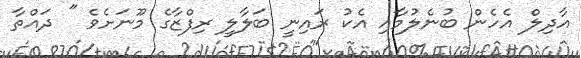
އާދިލް އެހެން ބުނެލުމާއި އެކު ރައިނީ ބަލާލީ ރިފްޒާގެ މޫނަށެވެ " ދައްތާ